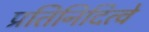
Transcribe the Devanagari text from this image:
प्रतिनिदित्वे